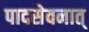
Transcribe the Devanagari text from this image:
पादसेवनात्